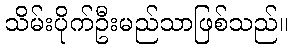
သိမ်းပိုက်ဦးမည်သာဖြစ်သည်။